Civil Veterinary Department. Madras. Admin. report 1926-33 - 1926-1933
Year: 1926
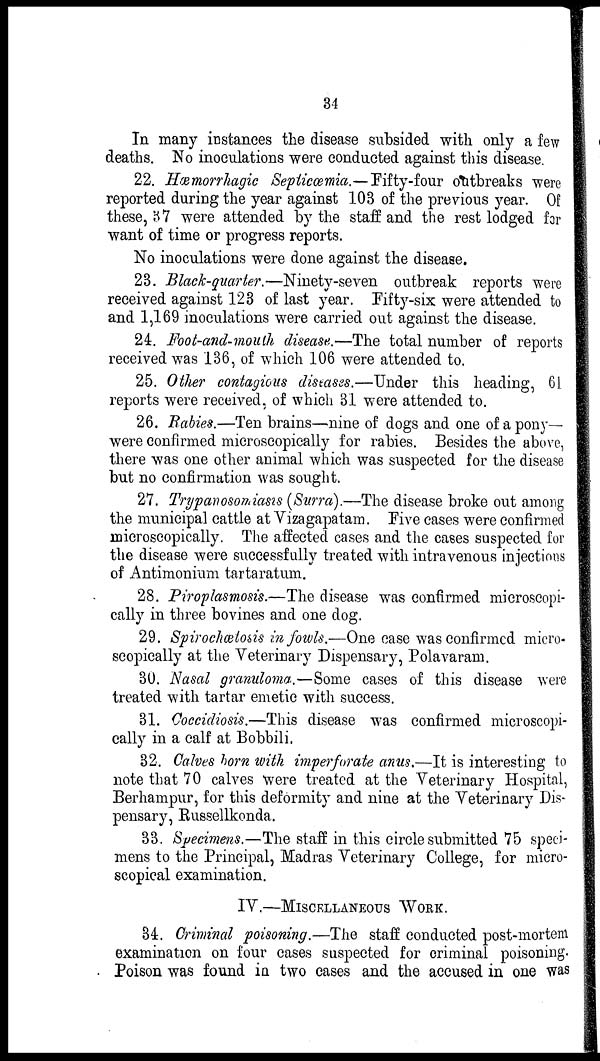
34
In many instances the disease subsided with only a few
deaths. No inoculations were conducted against this disease.
22. Hæmorrhagic Septicæmia.—Fifty-four outbreaks were
reported during the year against 103 of the previous year. Of
these, 37 were attended by the staff and the rest lodged for
want of time or progress reports.
No inoculations were done against the disease.
23. Black-quarter.—Ninety-seven outbreak reports were
received against 123 of last year. Fifty-six were attended to
and 1,169 inoculations were carried out against the disease.
24. Foot-and-mouth disease.—The total number of reports
received was 136, of which 106 were attended to.
25. Other contagious diseases.—Under this heading, 61
reports were received, of which 31 were attended to.
26. Rabies.—Ten brains—nine of dogs and one of a pony—
were confirmed microscopically for rabies. Besides the above,
there was one other animal which was suspected for the disease
but no confirmation was sought.
27. Trypanosomiasis (Surra).—The disease broke out among
the municipal cattle at Vizagapatam. Five cases were confirmed
microscopically. The affected cases and the cases suspected for
the disease were successfully treated with intravenous injections
of Antimonium tartaratum.
28. Piroplasmosis.—The disease was confirmed microscopi-
cally in three bovines and one dog.
29. Spirochætosis in fowls.—One case was confirmed micro-
scopically at the Veterinary Dispensary, Polavaram.
30. Nasal granuloma.—Some cases of this disease were
treated with tartar emetic with success.
31. Coccidiosis.—This disease was confirmed microscopi-
cally in a calf at Bobbili.
32. Calves born with imperforate anus.—It is interesting to
note that 70 calves were treated at the Veterinary Hospital,
Berhampur, for this deformity and nine at the Veterinary Dis-
pensary, Russellkonda.
33. Specimens.—The staff in this circle submitted 75 speci-
mens to the Principal, Madras Veterinary College, for micro-
scopical examination.
IV.—MISCELLANEOUS WORK.
84. Criminal poisoning.—The staff conducted post-mortem
examination on four cases suspected for criminal poisoning
Poison was found in two cases and the accused in one was